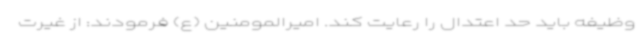
وظیفه باید حد اعتدال را رعایت کند. امیرالمومنین (ع) فرمودند: از غیرت